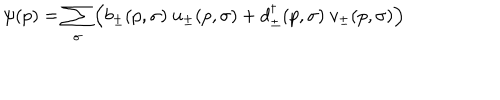
LaTeX: \psi ( p ) = \sum _ { \sigma } \left( b _ { \pm } ( p , \sigma ) \ u _ { \pm } ( p , \sigma ) + d _ { \pm } ^ { \dagger } ( p , \sigma ) \ v _ { \pm } ( p , \sigma ) \right)